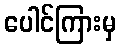
ပေါင်ကြားမှ